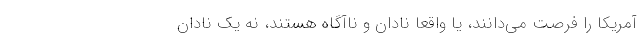
آمریکا را فرصت می‌دانند، یا واقعاً نادان و ناآگاه هستند، نه یک نادان